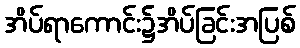
အိပ်ရာကောင်း၌အိပ်ခြင်းအပြစ်